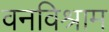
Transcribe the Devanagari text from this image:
वनविश्राम